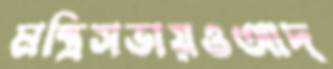
মন্ত্রিসভায়ওআদ